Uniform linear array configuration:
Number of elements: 12
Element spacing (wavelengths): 0.5
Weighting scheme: hann
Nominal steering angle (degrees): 30
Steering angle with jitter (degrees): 31.544
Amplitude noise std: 0.05
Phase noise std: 0.05

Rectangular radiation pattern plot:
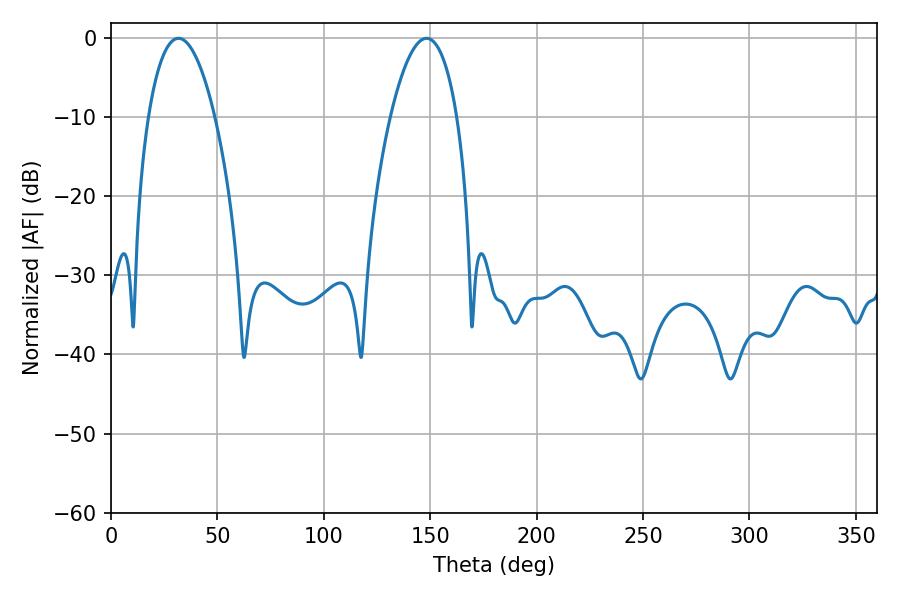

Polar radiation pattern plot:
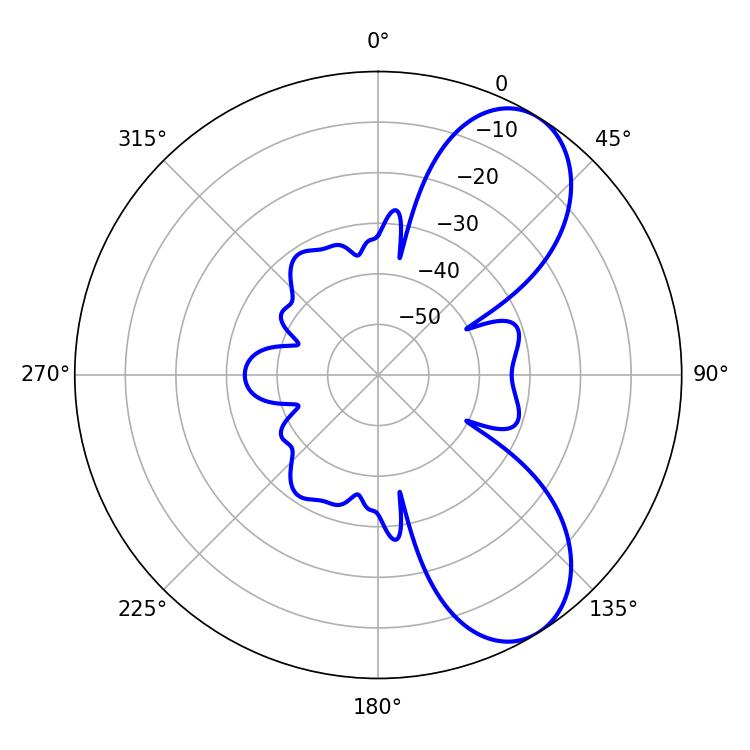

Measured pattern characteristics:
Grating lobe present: FALSE
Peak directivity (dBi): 7.63
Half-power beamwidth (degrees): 17.46
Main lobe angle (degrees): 31.68